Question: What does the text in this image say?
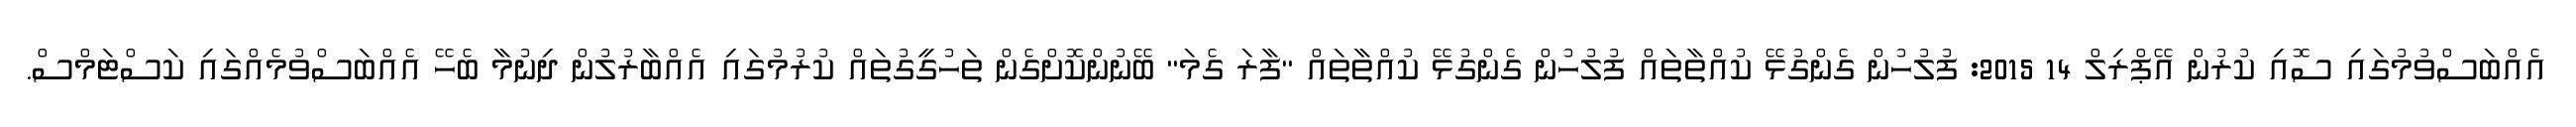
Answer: އެއްބަސްވުމުގައި ސޮއި ކުރުން އޭޕްރިލް 14 2015: ފުލުހުން ގެންގުޅޭ ކުއްތާތައް ފުލުހުން ގެންގުޅޭ ކުއްތާތައް "ފާރަ ގެމަ" ބޭނުންކޮށްގެން ތަހުގީގުތައް ކުރުމުގައި އެއްބާރުލުން ދިނުމާ ބެހޭ އެއްބަސްވުމެއްގައި ކަސްޓަމްސް.